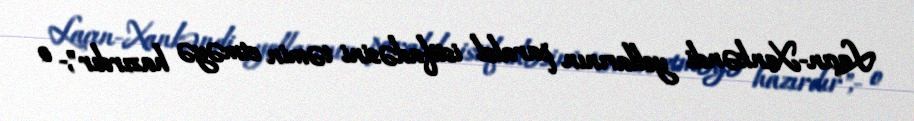
Laçın-Xankəndi yollarının paralel istifadəsini təmin etməyə hazırdır",- o